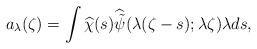
LaTeX: \begin{align*}a_\lambda(\zeta) = \int\widehat{\chi}(s)\widehat{\tilde{\psi}}(\lambda(\zeta-s);\lambda \zeta)\lambda ds,\end{align*}